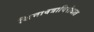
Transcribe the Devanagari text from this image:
शिनावत्राविरोधात